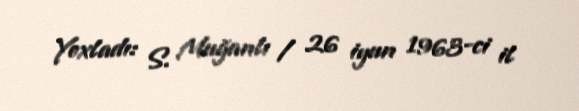
Yoxladı: S. Muğanlı / 26 iyun 1963-ci il